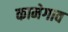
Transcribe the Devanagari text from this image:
कामेगाव